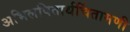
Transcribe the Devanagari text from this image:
अभिलषितार्थचिंतामणी